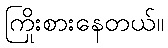
ကြိုးစားနေတယ်။